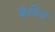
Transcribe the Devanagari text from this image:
क्रैवित्ज़